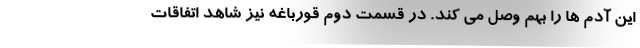
این آدم ها را بهم وصل می کند. در قسمت دوم قورباغه نیز شاهد اتفاقات